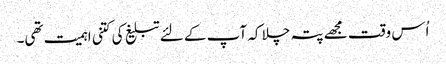
اُس وقت مجھے پتہ چلا کہ آپ کے لئے تبلیغ کی کتنی اہمیت تھی۔